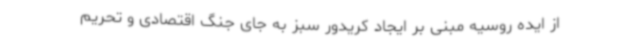
از ایده روسیه مبنی بر ایجاد کریدور سبز به جای جنگ اقتصادی و تحریم